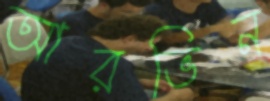
আরভিন